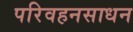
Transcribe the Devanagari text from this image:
परिवहनसाधन